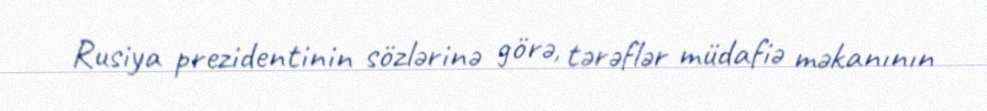
Rusiya prezidentinin sözlərinə görə, tərəflər müdafiə məkanının